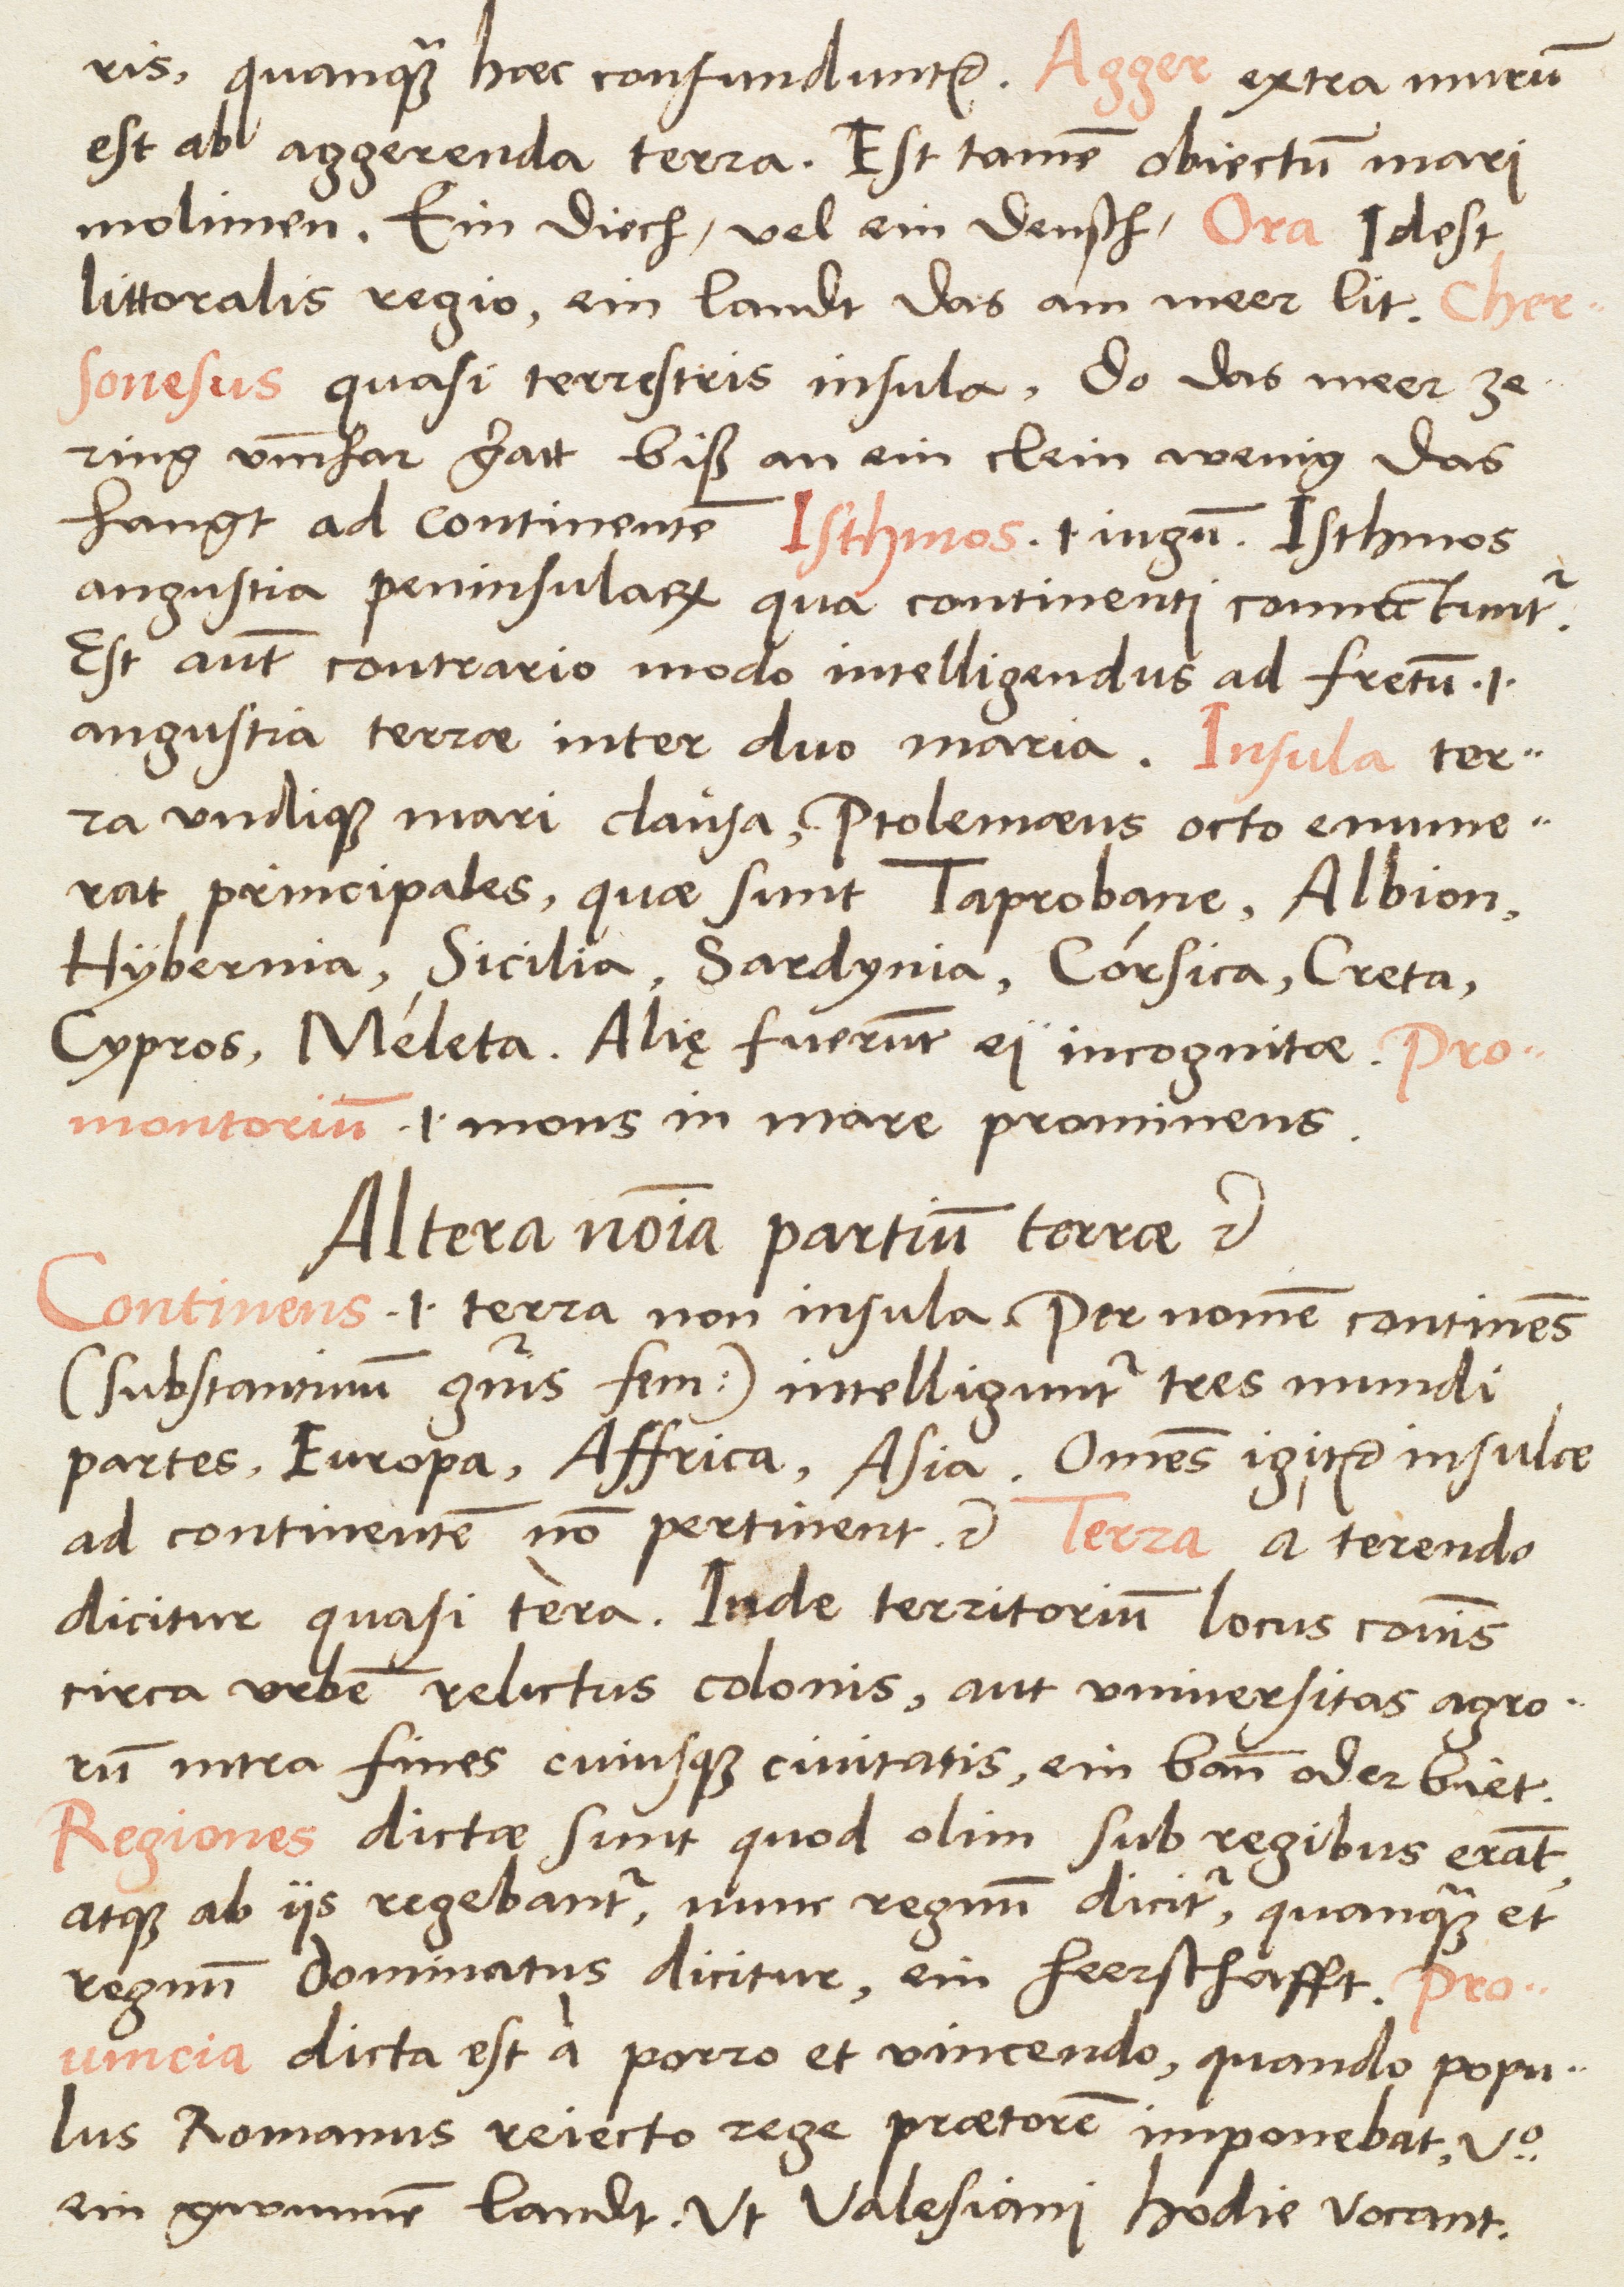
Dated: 1537–1537